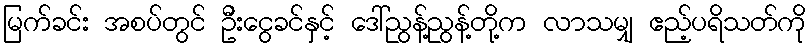
မြက်ခင်း အစပ်တွင် ဦးငွေခင်နှင့် ဒေါ်ညွန့်ညွန့်တို့က လာသမျှ ဧည့်ပရိသတ်ကို